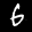
Label: 6